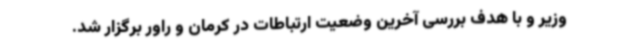
وزیر و با هدف بررسی آخرین وضعیت ارتباطات در کرمان و راور برگزار شد.